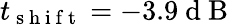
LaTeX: t_{\mathrm{~s~h~i~f~t~}}=-3.9\mathrm{~d~B~}